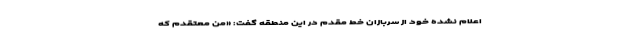
اعلام نشده خود از سربازان خط مقدم در این منطقه گفت: «من معتقدم که